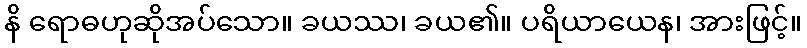
နိ ရောဓဟုဆိုအပ်သော။ ခယဿ၊ ခယ၏။ ပရိယာယေန၊ အားဖြင့်။